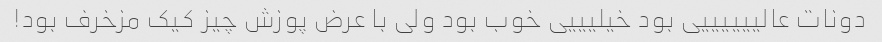
دونات عالییییییی بود خیلیییی خوب بود ولی با عرض پوزش چیز کیک مزخرف بود!